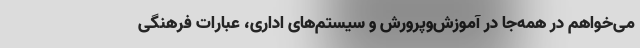
می‌خواهم در همه‌جا در آموزش‌وپرورش و سیستم‌های اداری، عبارات فرهنگی